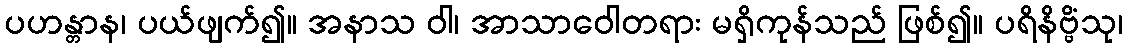
ပဟန္တာန၊ ပယ်ဖျက်၍။ အနာသ ဝါ၊ အာသာဝေါတရား မရှိကုန်သည် ဖြစ်၍။ ပရိနိဗ္ဗိံသု၊